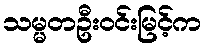
သမ္မတဦးဝင်းမြင့်က